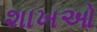
શાખઓ